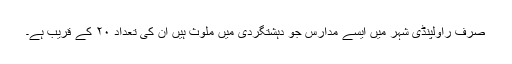
صرف راولپنڈی شہر میں ایسے مدارس جو دہشتگردی میں ملوث ہیں ان کی تعداد ۲۰ کے قریب ہے۔